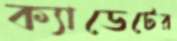
ক্যাডেটের